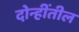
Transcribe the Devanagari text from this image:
दोन्हींतील